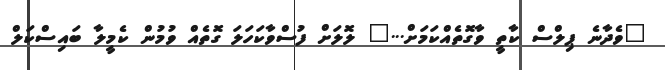
"ވެދާނެ ޕިލްސް ކާތީ ވާގޮތެއްކަމަށް..." ލޮލަށް ފުސްވާކަހަލަ ގޮތެއް ވުމުން ކެމީލާ ބައިސްކަލް